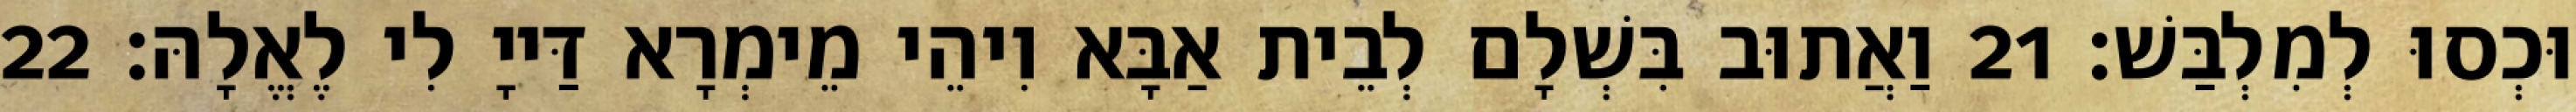
וּכְסוּ לְמִלְבַּשׁ׃ 21 וַאֲתוּב בִּשְׁלָם לְבֵית אַבָּא וִיהֵי מֵימְרָא דַּייָ לִי לֶאֱלָהּ׃ 22